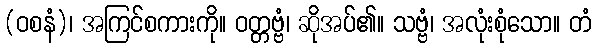
(ဝစနံ)၊ အကြင်စကားကို။ ဝတ္တဗ္ဗံ၊ ဆိုအပ်၏။ သဗ္ဗံ၊ အလုံးစုံသော။ တံ